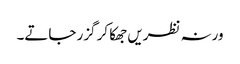
ورنہ نظریں جھکا کر گزر جاتے۔